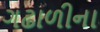
ગઢાળીના